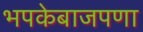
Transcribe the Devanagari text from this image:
भपकेबाजपणा